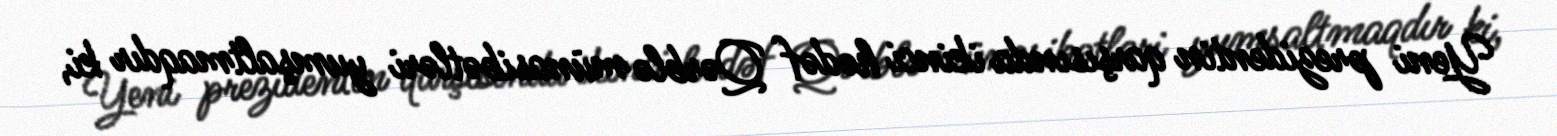
Yeni prezidentin qarşısında ikinci hədəf Qərblə münasibətləri yumşaltmaqdır ki,